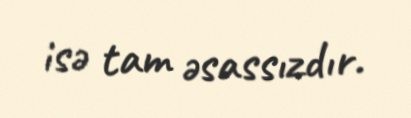
isə tam əsassızdır.